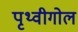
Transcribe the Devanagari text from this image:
पृथ्वीगोल